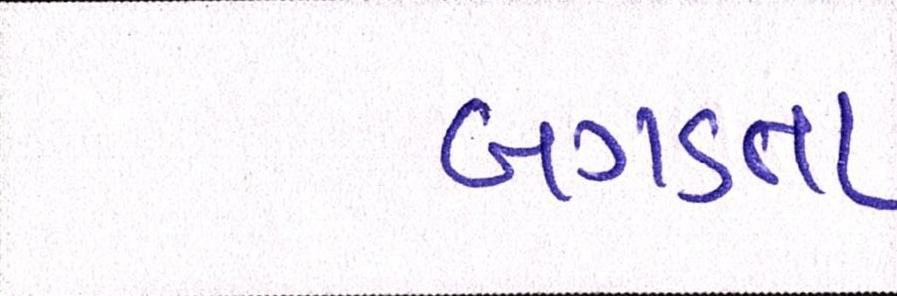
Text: બગડતા